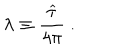
\lambda \equiv { \frac { \widehat \tau } { 4 \pi } } ~ .